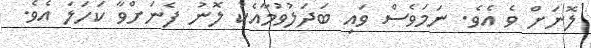
ލޮނަށް ވެ އެވެ. ނަމަވެސް ވައި ބަދަލުވުމާއެކު ލޮނު ފެނަށްވާ ކަހަލަ އެވެ.